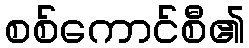
စစ်ကောင်စီ၏